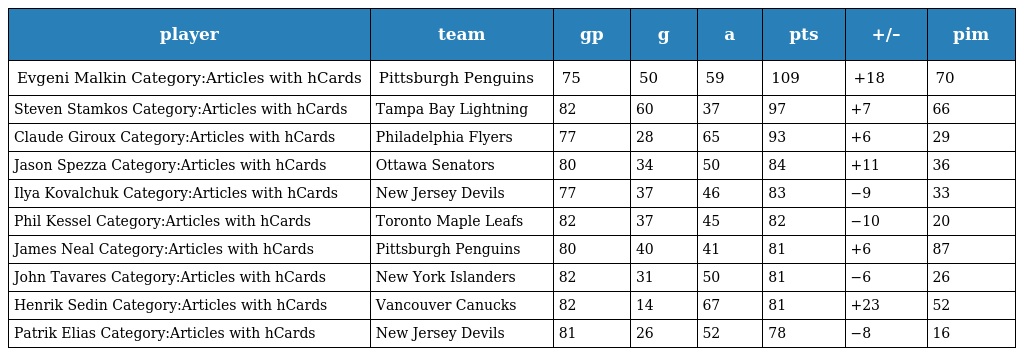
| player | team | gp | g | a | pts | +/– | pim |
 | --- | --- | --- | --- | --- | --- | --- | --- |
 | Evgeni Malkin Category:Articles with hCards | Pittsburgh Penguins | 75 | 50 | 59 | 109 | +18 | 70 |
 | Steven Stamkos Category:Articles with hCards | Tampa Bay Lightning | 82 | 60 | 37 | 97 | +7 | 66 |
 | Claude Giroux Category:Articles with hCards | Philadelphia Flyers | 77 | 28 | 65 | 93 | +6 | 29 |
 | Jason Spezza Category:Articles with hCards | Ottawa Senators | 80 | 34 | 50 | 84 | +11 | 36 |
 | Ilya Kovalchuk Category:Articles with hCards | New Jersey Devils | 77 | 37 | 46 | 83 | −9 | 33 |
 | Phil Kessel Category:Articles with hCards | Toronto Maple Leafs | 82 | 37 | 45 | 82 | −10 | 20 |
 | James Neal Category:Articles with hCards | Pittsburgh Penguins | 80 | 40 | 41 | 81 | +6 | 87 |
 | John Tavares Category:Articles with hCards | New York Islanders | 82 | 31 | 50 | 81 | −6 | 26 |
 | Henrik Sedin Category:Articles with hCards | Vancouver Canucks | 82 | 14 | 67 | 81 | +23 | 52 |
 | Patrik Elias Category:Articles with hCards | New Jersey Devils | 81 | 26 | 52 | 78 | −8 | 16 |